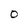
Character: o